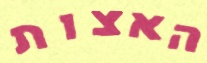
האצות